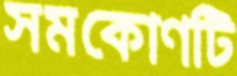
সমকোণটি